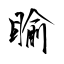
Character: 睮